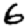
Digit: 6